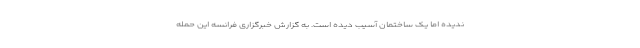
ندیده اما یک ساختمان آسیب دیده است. به گزارش خبرگزاری فرانسه این حمله